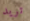
تريد